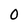
Character: 0